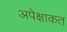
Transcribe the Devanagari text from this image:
अपेक्षाकत